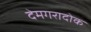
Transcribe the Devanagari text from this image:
देमगरादोक